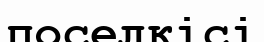
поселкісі